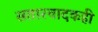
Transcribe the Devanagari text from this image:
सतारवादकही